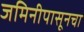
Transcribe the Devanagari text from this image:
जमिनीपासूनचा